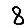
Digit: 8